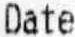
DATE